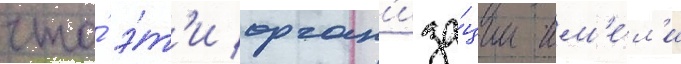
что́ э́т'и орган'иза́ции им'е́л'и